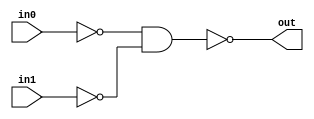
module OR(out,in0,in1);
input in0,in1;
output out;
nand(w0,in0,in0);
nand(w1,in1,in1);
nand(out,w0,w1);
endmodule